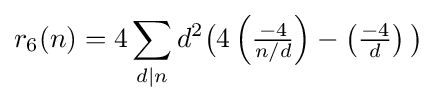
r_{6}(n)=4\sum _{d\mid n}d^{2}{\big (}4\left({\tfrac {-4}{n/d}}\right)-\left({\tfrac {-4}{d}}\right){\big )}